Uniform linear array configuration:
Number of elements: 4
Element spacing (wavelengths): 0.75
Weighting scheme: hann
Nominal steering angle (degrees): -60
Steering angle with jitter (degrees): -58.091
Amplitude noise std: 0.05
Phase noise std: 0.05

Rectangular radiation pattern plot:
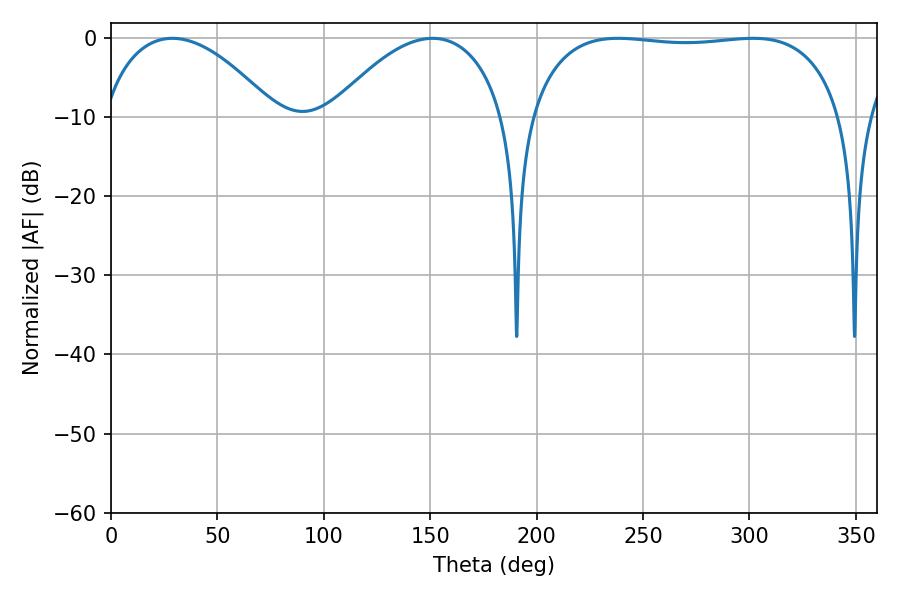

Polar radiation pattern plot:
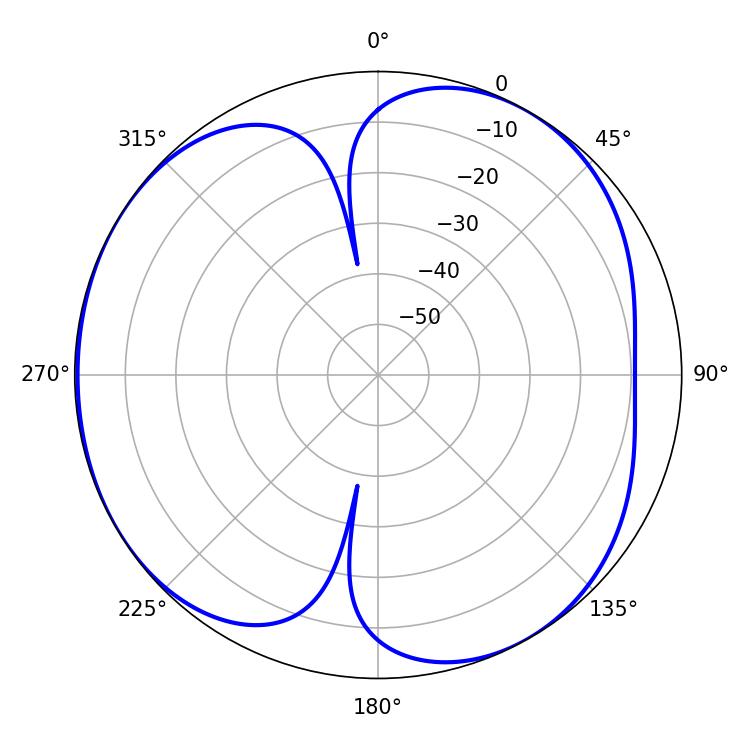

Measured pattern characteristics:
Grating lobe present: TRUE
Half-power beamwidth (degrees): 117.36
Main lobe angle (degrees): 238.32